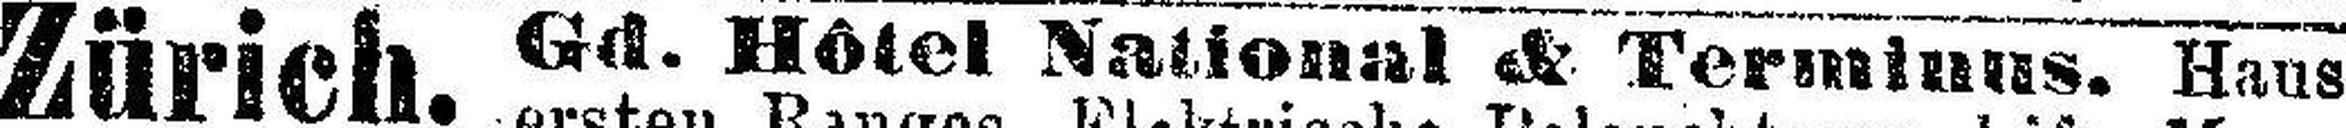
Gd. Hôtel National & Terminus. Haus